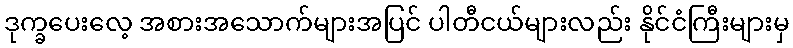
ဒုက္ခပေးလေ့ အစားအသောက်များအပြင် ပါတီငယ်များလည်း နိုင်ငံကြီးများမှ